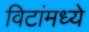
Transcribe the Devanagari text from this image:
विटांमध्ये